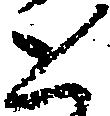
と